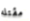
مقتله